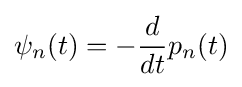
\psi _{n}(t)=-{\frac {d}{dt}}p_{n}(t)